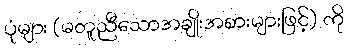
ပုံများ (မတူညီသောအချိုးအစားများဖြင့်) ကို